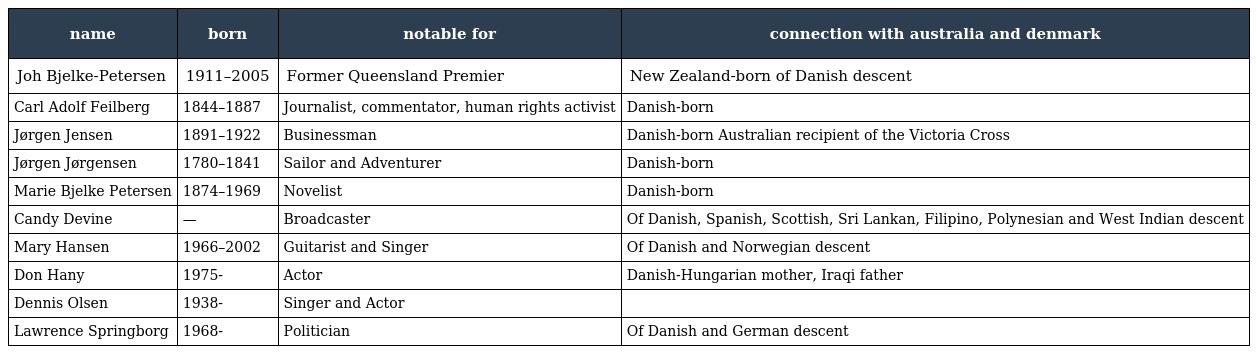
| name | born | notable for | connection with australia and denmark |
 | --- | --- | --- | --- |
 | Joh Bjelke-Petersen | 1911–2005 | Former Queensland Premier | New Zealand-born of Danish descent |
 | Carl Adolf Feilberg | 1844–1887 | Journalist, commentator, human rights activist | Danish-born |
 | Jørgen Jensen | 1891–1922 | Businessman | Danish-born Australian recipient of the Victoria Cross |
 | Jørgen Jørgensen | 1780–1841 | Sailor and Adventurer | Danish-born |
 | Marie Bjelke Petersen | 1874–1969 | Novelist | Danish-born |
 | Candy Devine | — | Broadcaster | Of Danish, Spanish, Scottish, Sri Lankan, Filipino, Polynesian and West Indian descent |
 | Mary Hansen | 1966–2002 | Guitarist and Singer | Of Danish and Norwegian descent |
 | Don Hany | 1975- | Actor | Danish-Hungarian mother, Iraqi father |
 | Dennis Olsen | 1938- | Singer and Actor |  |
 | Lawrence Springborg | 1968- | Politician | Of Danish and German descent |